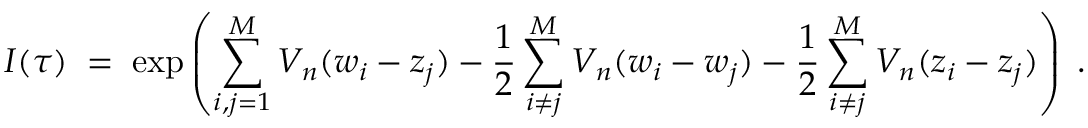
I ( \tau ) \; = \; \exp \left( \sum _ { i , j = 1 } ^ { M } V _ { n } ( w _ { i } - z _ { j } ) - \frac { 1 } { 2 } \sum _ { i \neq j } ^ { M } V _ { n } ( w _ { i } - w _ { j } ) - \frac { 1 } { 2 } \sum _ { i \neq j } ^ { M } V _ { n } ( z _ { i } - z _ { j } ) \right) \; .